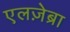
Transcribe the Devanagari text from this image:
एलज़ेब्रा